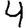
Digit: 4